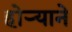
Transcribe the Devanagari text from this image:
होऱ्याने